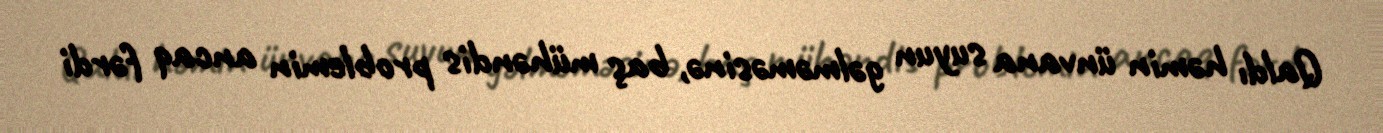
Qaldı həmin ünvana suyun gəlməməsinə, baş mühəndis problemin ancaq fərdi